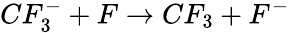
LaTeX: CF_{3}^{-}+F\rightarrow CF_{3}+F^{-}